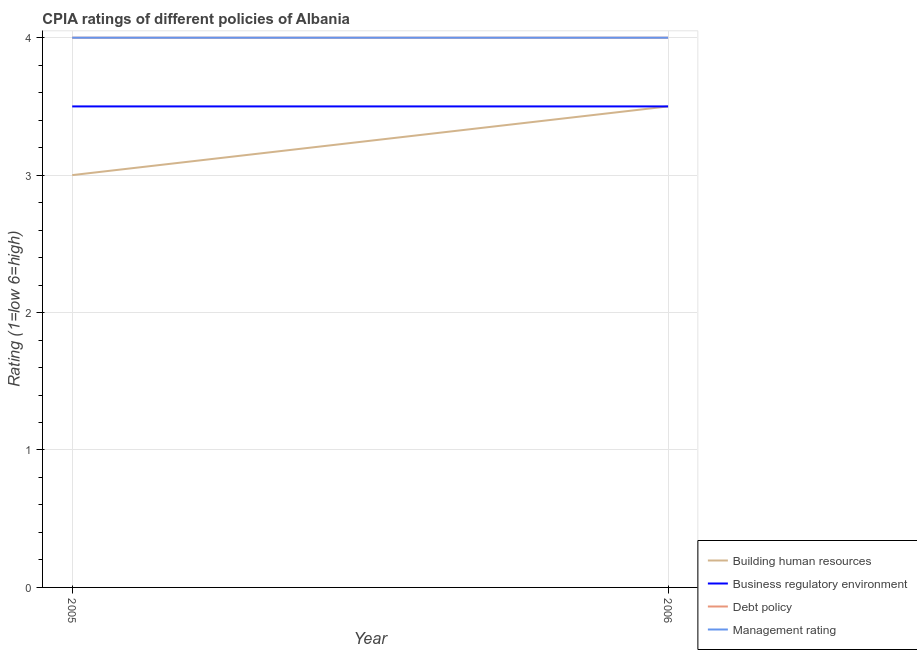
| Year | Building human resources | Business regulatory environment | Debt policy | Management rating |
 | --- | --- | --- | --- | --- |
 | 2005 | 3 | 3.5 | 4 | 4 |
 | 2006 | 3.5 | 3.5 | 4 | 4 |